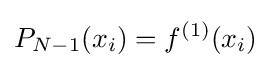
P_{N-1}(x_{i})=f^{(1)}(x_{i})